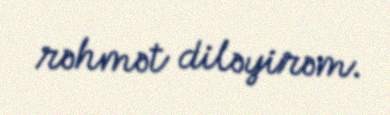
rəhmət diləyirəm.